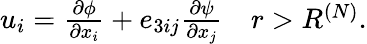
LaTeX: \begin{array}{r}{u_{i}=\frac{\partial\phi}{\partial x_{i}}+e_{3ij}\frac{\partial\psi}{\partial x_{j}}\quad r>R^{(N)}.}\end{array}